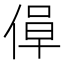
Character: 𫣁